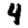
Digit: 4